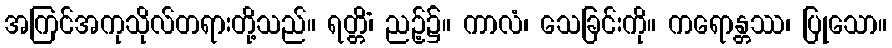
အကြင်အကုသိုလ်တရားတို့သည်။ ရတ္တိံ၊ ညဉ့်၌။ ကာလံ၊ သေခြင်းကို။ ကရောန္တဿ၊ ပြုသော။